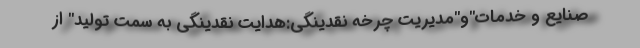
صنایع و خدمات"و"مدیریت چرخه نقدینگی:هدایت نقدینگی به سمت تولید" از